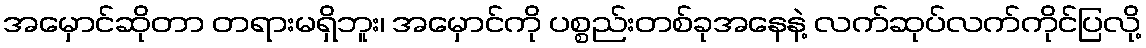
အမှောင်ဆိုတာ တရားမရှိဘူး၊ အမှောင်ကို ပစ္စည်းတစ်ခုအနေနဲ့ လက်ဆုပ်လက်ကိုင်ပြလို့